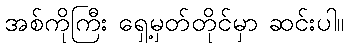
အစ်ကိုကြီး ရှေ့မှတ်တိုင်မှာ ဆင်းပါ။